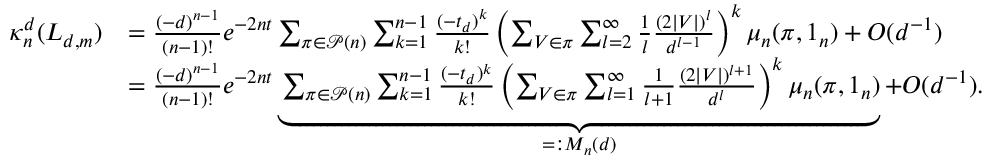
\begin{array} { r l } { \kappa _ { n } ^ { d } ( L _ { d , m } ) } & { = \frac { ( - d ) ^ { n - 1 } } { ( n - 1 ) ! } e ^ { - 2 n t } \sum _ { \pi \in \mathcal { P } ( n ) } \sum _ { k = 1 } ^ { n - 1 } \frac { ( - t _ { d } ) ^ { k } } { k ! } \left( \sum _ { V \in \pi } \sum _ { l = 2 } ^ { \infty } \frac { 1 } { l } \frac { ( 2 | V | ) ^ { l } } { d ^ { l - 1 } } \right) ^ { k } \mu _ { n } ( \pi , 1 _ { n } ) + O ( d ^ { - 1 } ) } \\ & { = \frac { ( - d ) ^ { n - 1 } } { ( n - 1 ) ! } e ^ { - 2 n t } \underbrace { \sum _ { \pi \in \mathcal { P } ( n ) } \sum _ { k = 1 } ^ { n - 1 } \frac { ( - t _ { d } ) ^ { k } } { k ! } \left( \sum _ { V \in \pi } \sum _ { l = 1 } ^ { \infty } \frac { 1 } { l + 1 } \frac { ( 2 | V | ) ^ { l + 1 } } { d ^ { l } } \right) ^ { k } \mu _ { n } ( \pi , 1 _ { n } ) } _ { = : M _ { n } ( d ) } + O ( d ^ { - 1 } ) . } \end{array}